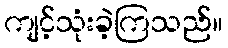
ကျင့်သုံးခဲ့ကြသည်။